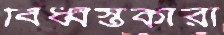
বিধ্বস্তকারী